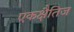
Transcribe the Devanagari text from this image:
एकक्षैतिज